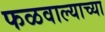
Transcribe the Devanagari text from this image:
फळवाल्याच्या